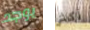
يوجد أكثر